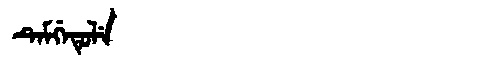
Manchu: ᡨᡝᠮᡤᡝᡨᡠᠯᡝ
Romanization: TEMGETULE